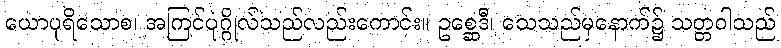
ယောပုရိသောစ၊ အကြင်ပုဂ္ဂိုလ်သည်လည်းကောင်း။ ဥစ္ဆေဒီ၊ သေသည်မှနောက်၌ သတ္တဝါသည်